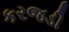
કરજડી